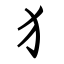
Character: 犭